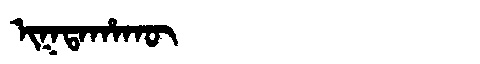
Manchu: ᡳᡴᡨᠠᡥᠠᡴᡡ
Romanization: IKTAHAKŪ